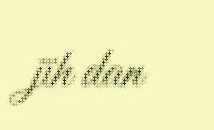
jïh dan